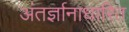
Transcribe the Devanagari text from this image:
अंतर्ज्ञानाधारित